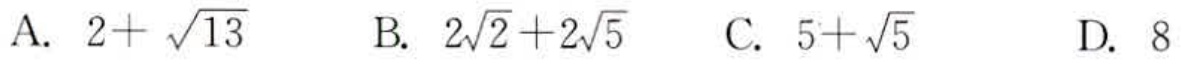
A. \(2 + \sqrt{13}\)  B. \(2\sqrt{2}+2\sqrt{5}\)  C. \(5+\sqrt{5}\)  D. \(8\)